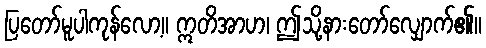
ပြတော်မူပါကုန်လော့။ ဣတိအာဟ၊ ဤသို့နားတော်လျှောက်၏။